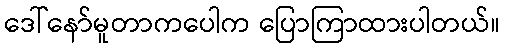
ဒေါ်နော်မူတာကပေါက ပြောကြာထားပါတယ်။